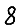
Digit: 8